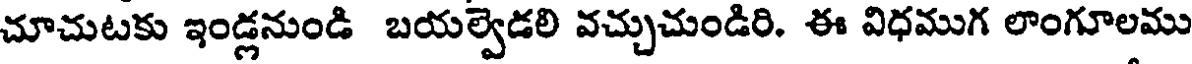
చూచుటకు ఇండ్లనుండి బయల్వెడలి వచ్చుచుండిరి. ఈ విధముగ లాంగూలము